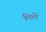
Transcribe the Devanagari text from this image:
मिले